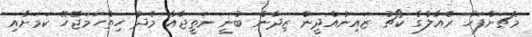
މެޗަށްފަހު ރެއާލްގެ ކޯޗު ޒައިނުއްދީން ޒިދާން ބުނީ ނަތީޖާއާ މެދު ހިތްހަމަޖެހޭ ކަމަށާއި